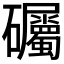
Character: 𱵅